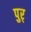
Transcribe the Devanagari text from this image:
पुर्